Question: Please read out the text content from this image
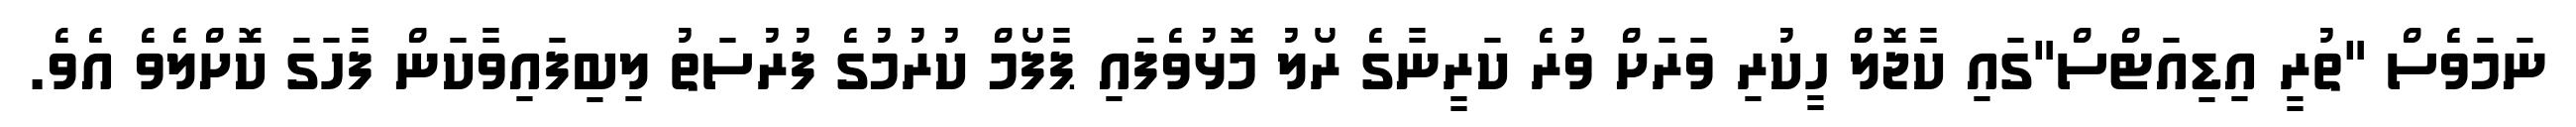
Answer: ނަމަވެސް "ތުރީ އިޑިއަޓްސް"ގައި ކާޖޮލް ހީކުރި ވަރަށް ވުރެ ކަރީނާގެ ރޯލު މޮޅުވެފައި ޕާފޯމް ކުރުމުގެ ފުރުސަތު ލިބިފައިވާކަން ފާހަގަ ކޮށްލެވެ އެވެ.